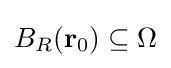
B_{R}(\mathbf {r} _{0})\subseteq \Omega